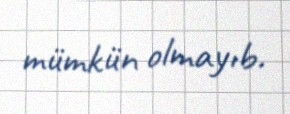
mümkün olmayıb.